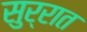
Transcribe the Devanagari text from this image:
सुर्रात